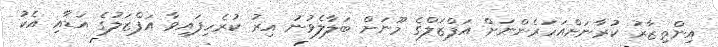
އިންތިޒާރު ކުރާނަށްއަހަރެންނަށް އަފްޒަލްގެ މޫނަށް ބަލާލެވުނު އިރު ކުރެހިފައިވާ އަފްޒަލުގެ އަޑާއި އެކު